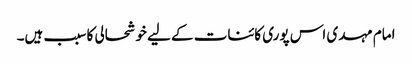
امام مہدی اس پوری کائنات کے لیے خوشحالی کا سبب ہیں۔